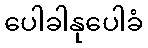
ပေါခါနုပေါခံ